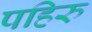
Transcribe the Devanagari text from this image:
पहिरु